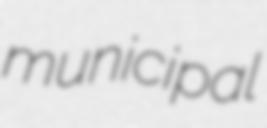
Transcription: municipal